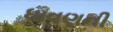
ધાવણની